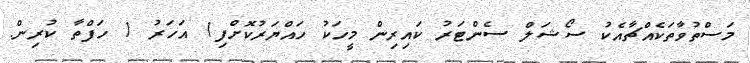
މަސްތުވާތަކެއްޗާއެކު ސޯޝަލް ސެންޓަރު ކައިރިން މީހަކު ހައްޔަރުކޮށްފި1 އަހަރު 1 ހަފްތާ ކުރިން.